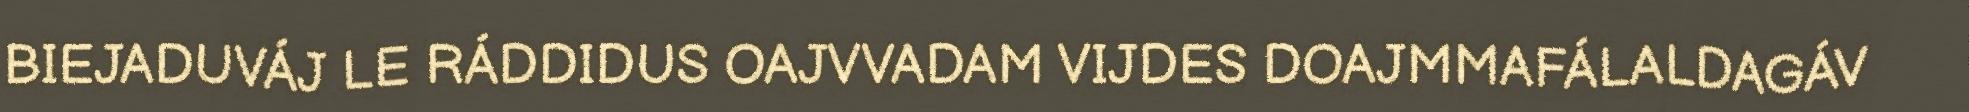
BIEJADUVÁJ LE RÁDDIDUS OAJVVADAM VIJDES DOAJMMAFÁLALDAGÁV